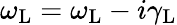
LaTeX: \omega_{\mathrm{L}}=\omega_{\mathrm{L}}-i\gamma_{\mathrm{L}}